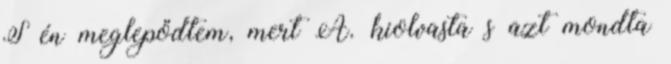
S én meglepődtem, mert A. kiolvasta s azt mondta